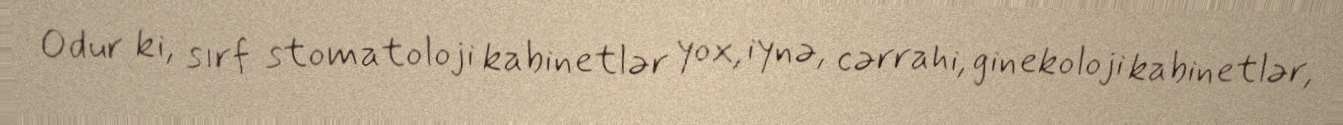
Odur ki, sırf stomatoloji kabinetlər yox, iynə, cərrahi, ginekoloji kabinetlər,